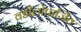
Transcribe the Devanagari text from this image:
वडीलोपार्जित